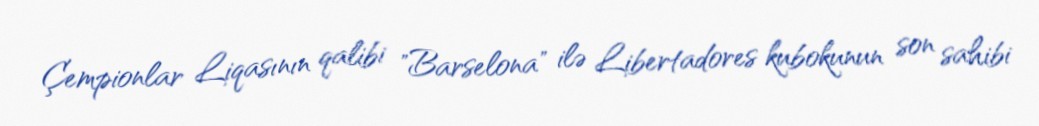
Çempionlar Liqasının qalibi "Barselona" ilə Libertadores kubokunun son sahibi